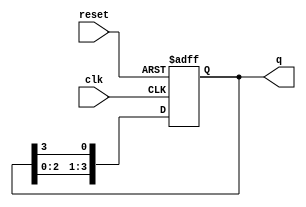
module synchronous_ring_counter (
    input wire clk,        // Clock signal
    input wire reset,      // Asynchronous reset signal
    output reg [N-1:0] q   // Output state of the counter
);
    parameter N = 4;       // Number of flip-flops (states) in the ring counter

    always @(posedge clk or posedge reset) begin
        if (reset) begin
            // Reset the counter to 1 (000...001)
            q <= 1'b1; // Set the first flip-flop to '1'
        end else begin
            // Shift the '1' to the next flip-flop
            q <= {q[N-2:0], q[N-1]}; // Shift left and wrap around
        end
    end
endmodule